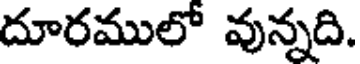
దూరములో వున్నది.